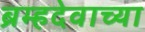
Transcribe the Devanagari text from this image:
ब्रम्हदेवाच्या